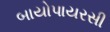
બાયોપાયરસી